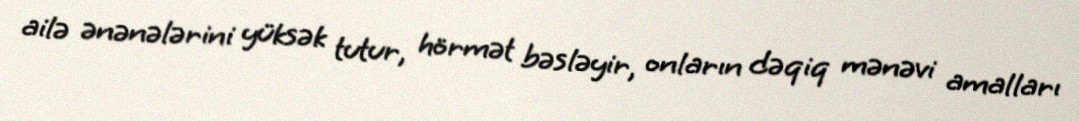
ailə ənənələrini yüksək tutur, hörmət bəsləyir, onların dəqiq mənəvi amalları